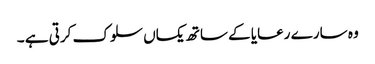
وہ سارے رعایا کے ساتھ یکساں سلوک کرتی ہے ۔